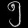
Digit: ၅